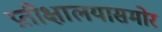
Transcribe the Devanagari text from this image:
प्रतीक्षालयासमोर